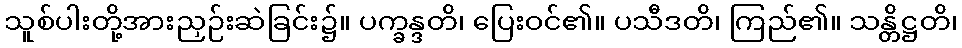
သူစ်ပါးတို့အားညှဉ်းဆဲခြင်း၌။ ပက္ခန္ဒတိ၊ ပြေးဝင်၏။ ပသီဒတိ၊ ကြည်၏။ သန္တိဋ္ဌတိ၊